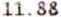
11.88